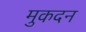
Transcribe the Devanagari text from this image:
मुकदन